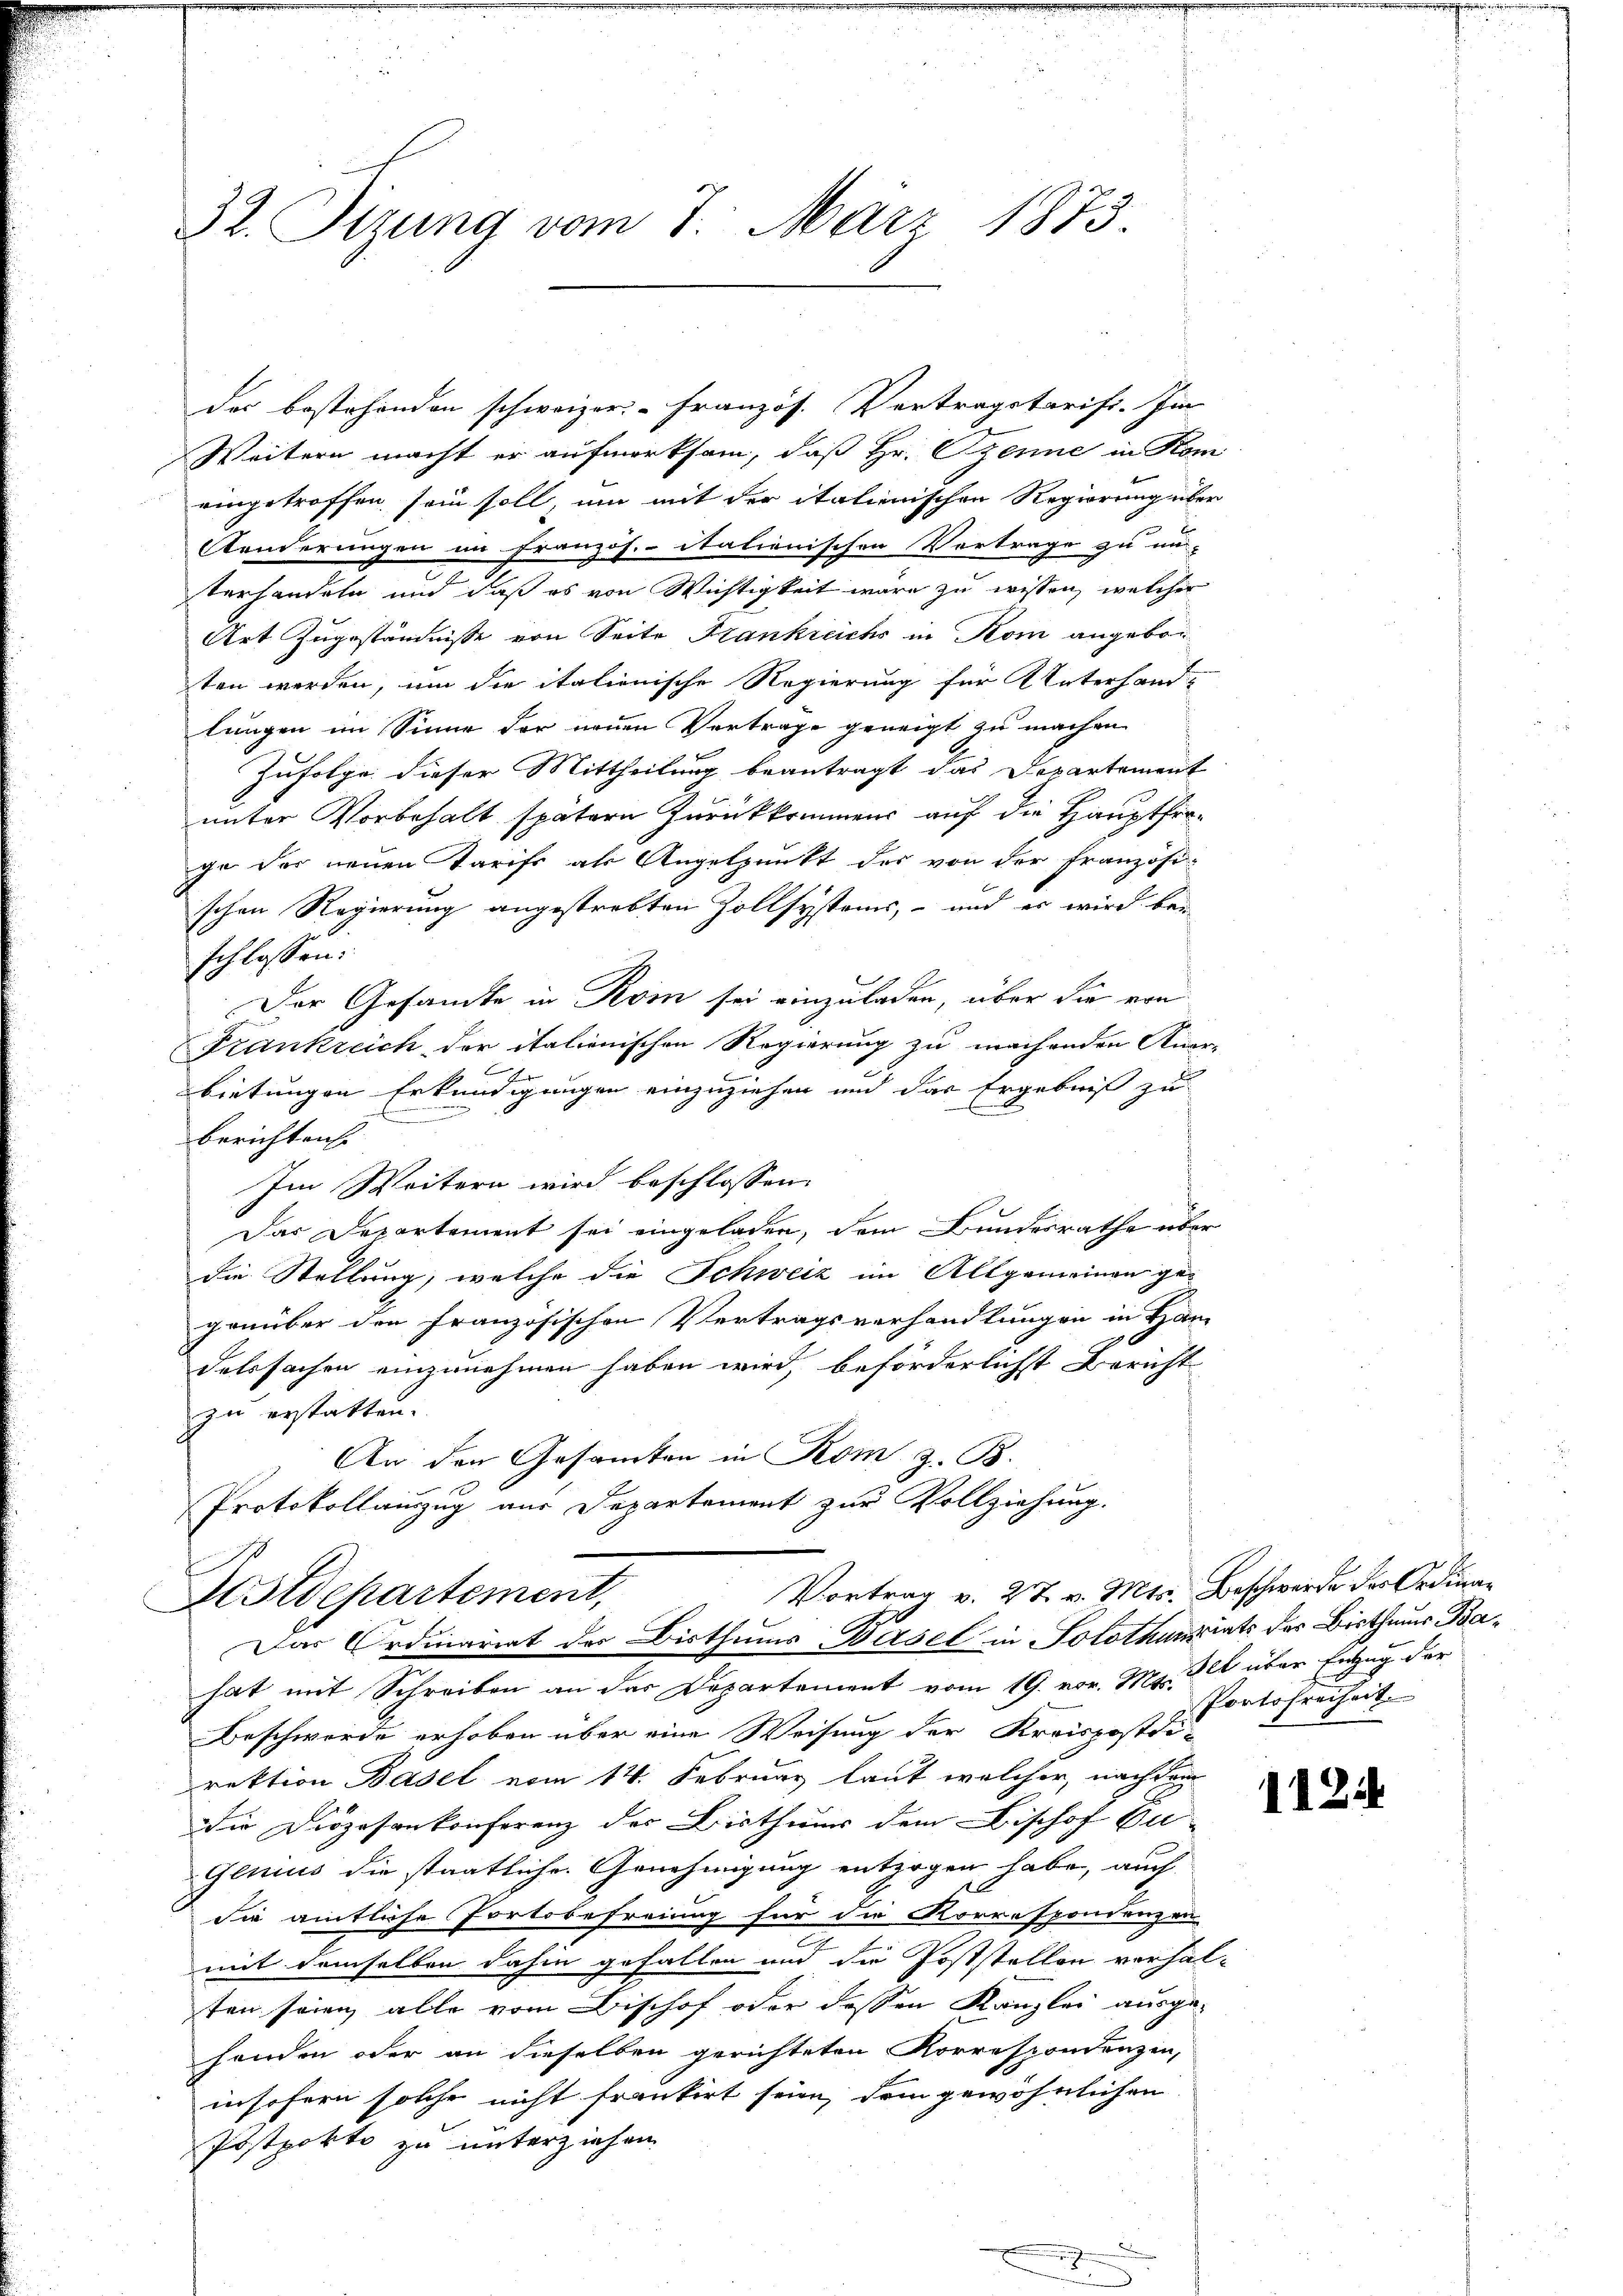
32. Sizung vom 7. März 1873.

des bestehenden schweizer-Französ. Vertragstarifi. Im
Weitern macht er aufmerksam, daß Hr. Benne in Kom
eingetroffen sein soll, um mit der italienischen Regierung über
Aenderungen im Französ. itationischen Vertrage zu un-
terhandeln und daß es von Wichtigkeit wäre zu wissen, welcher
Art Zugeständnisse von Seite Frankreichs in Kom angeboten werden, um die italienische Regierung für Unterhand-
lungen im Sinne der neuen Vertrage geneigt zu machen.
Zufolge dieser Mittheilung beantragt das Departement
unter Vorbehalt spätern Zurückkommens auf die Hauptforge der neuen Tarifs als Angelpunkt des von der Französi
schen Regierung angestrebten Zollsystems, – und es wird bei
schlossen:
Der Gesandte in Rom sei einzuladen, über die von
Frankreich der italienischen Regierung zu machenden Knorbietungen Erkundigungen einzuziehen und das Ergebniß zu
e
berichten.
Im Weitern wird beschlossen:
Das Departement sei eingeladen, dem Bundesrathe über
die Stellung, welche die Schweiz im Altgemeinen gegenüber den Französischen Vertragsverhandlungen in Han
Fahrsachen einzunehmen haben wird, beförderlichst Bericht
zu erstatten.
An den Gesamten in Rom z. B.
Protokollauszug aus Departement zur Vollziehung.

Vortrag v. 27. v. Mts. Beschwerde der Ordina¬
Aostdepartement,
Das Ordinariat des Bisthums Basel in Solothunints der Bisthaus Ba¬

hat mit Schreiben an das Departement vom 19. vor. Mt. 32 über Entzug der
Beschwerde erhoben über eine Weisung der Kreispostdirektion Basel vom 14. Februar laut welcher, nachdem
die Diözesenkonferenz des Bisthaur dem Bischof Cu-
Genius die staatlichen Genehmigung entzogen habe, auch
die amtliche Portobefreiung für die Korrespondenzen
mit demselben dahin gefallen und die Poststellen vorhalten seien alle vom Bischof oder dessen Kanzlei ausge-
handen oder an dieselben gerichteten Korrespondenzen,
insofern solche nicht freukirt seien, dem gewöhnlichen
Postpokto zu unterziehen.

Portofreiheit.

112